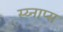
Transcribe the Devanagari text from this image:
स्य्नाप्स